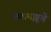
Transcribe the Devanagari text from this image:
कलमझूचे